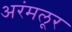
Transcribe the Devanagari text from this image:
अरंमलूर